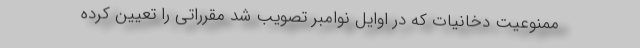
ممنوعیت دخانیات که در اوایل نوامبر تصویب شد مقرراتی را تعیین کرده